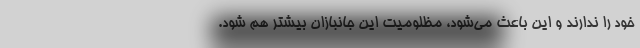
خود را ندارند و این باعث می‌شود، مظلومیت این جانبازان بیشتر هم شود.